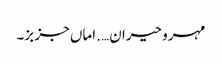
مہرو حیران…. اماں جز بز۔